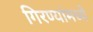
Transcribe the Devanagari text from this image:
गिरण्यांमध्ये